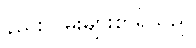
နည်းလမ်းများစွာရှိသည်